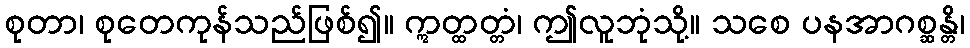
စုတာ၊ စုတေကုန်သည်ဖြစ်၍။ ဣတ္ထတ္တံ၊ ဤလူဘုံသို့။ သစေ ပနအာဂစ္ဆန္တိ၊